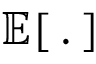
\mathbb { E } [ \, . \, ]